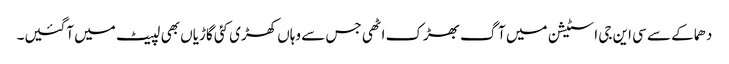
دھماکے سے سی این جی اسٹیشن میں آگ بھڑک اٹھی جس سے وہاں کھڑی کئی گاڑیاں بھی لپیٹ میں آگئیں۔